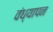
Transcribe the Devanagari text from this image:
वंध्यापन